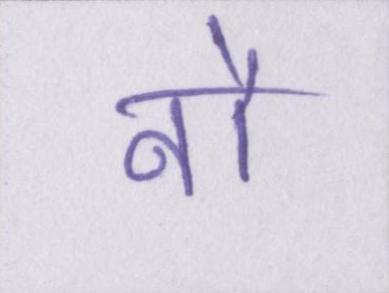
नौ